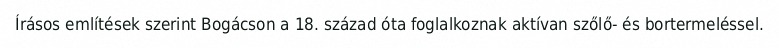
Írásos említések szerint Bogácson a 18. század óta foglalkoznak aktívan szőlő- és bortermeléssel.